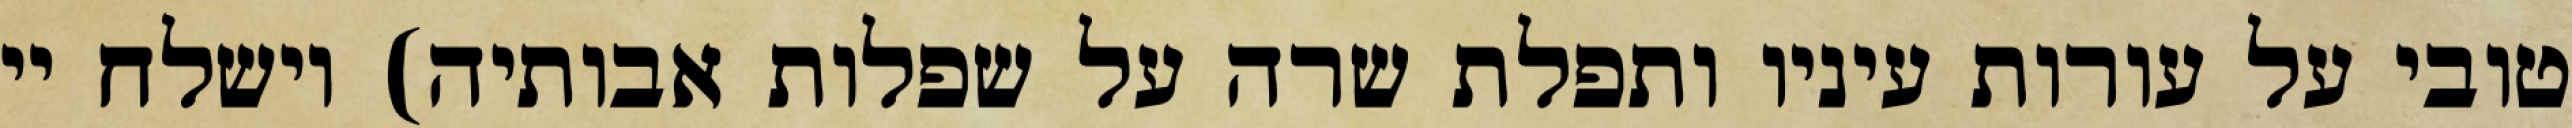
טובי על עורות עיניו ותפלת שרה על שפלות אבותיה) וישלח יי